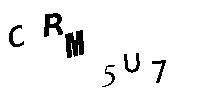
CRM5U7